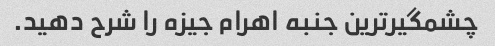
چشمگیرترین جنبه اهرام جیزه را شرح دهید.